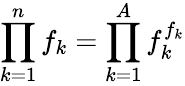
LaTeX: \prod_{k=1}^{n}f_{k}=\prod_{k=1}^{A}f_{k}^{f_{k}}